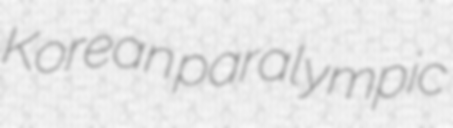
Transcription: Korean paralympic